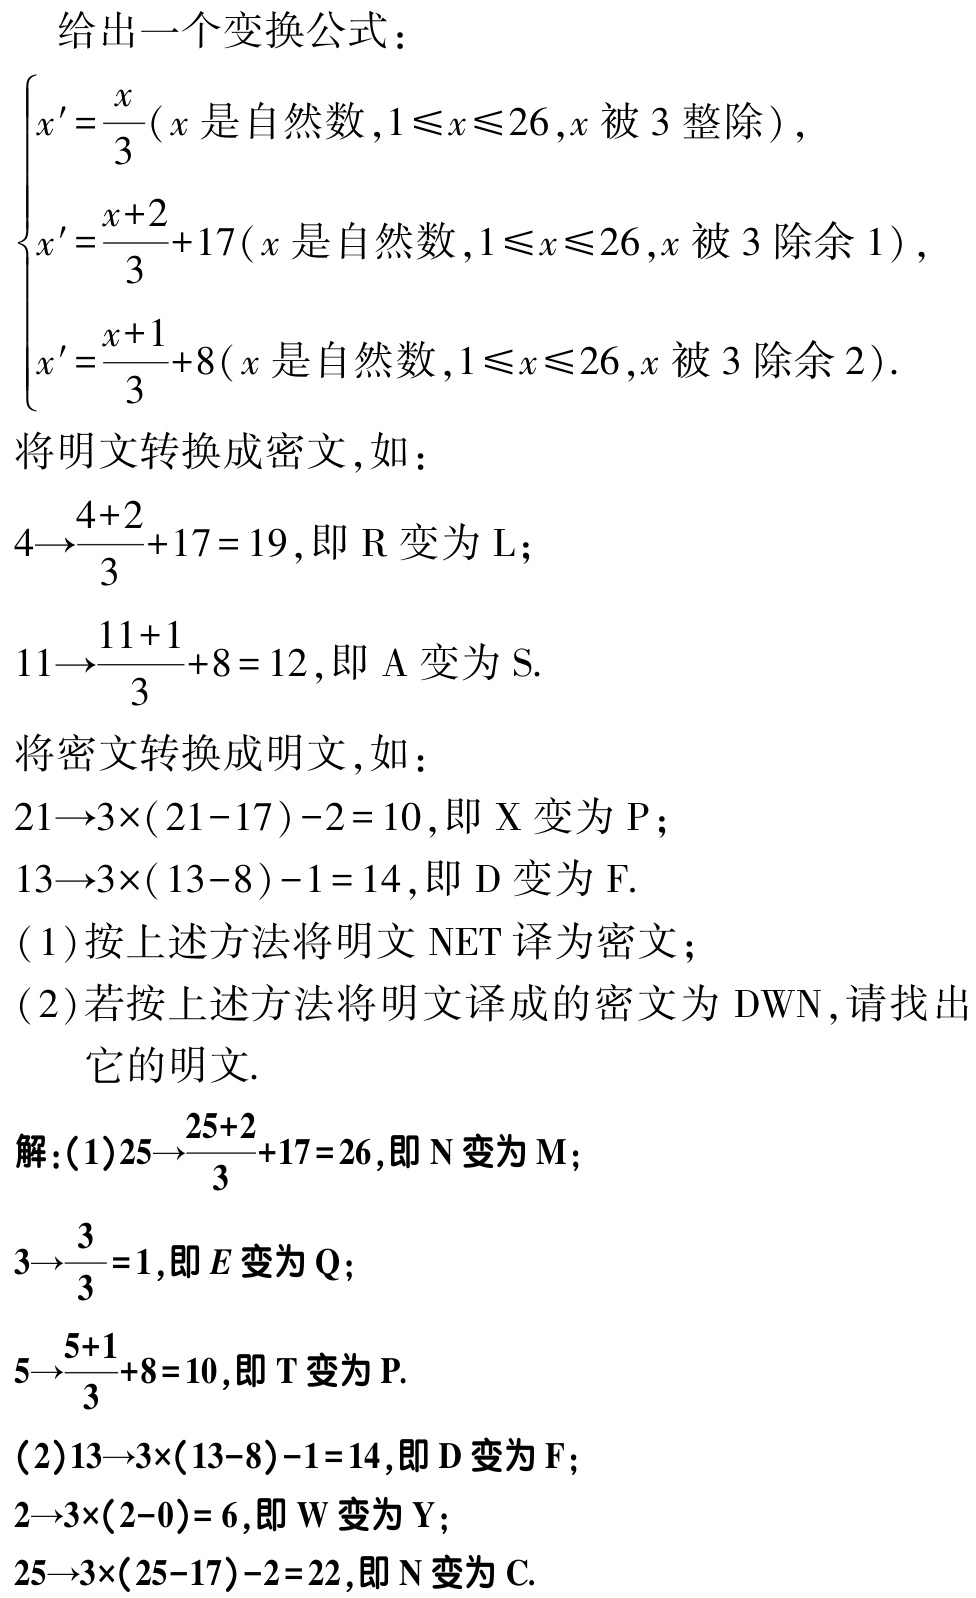
给出一个变换公式：

\[

\begin{cases}

x' = \frac{x}{3} & (x\text{ 是自然数},1\leqslant x\leqslant 26,x\text{ 被 }3\text{ 整除}) \\

x' = \frac{x + 2}{3}+17 & (x\text{ 是自然数},1\leqslant x\leqslant 26,x\text{ 被 }3\text{ 除余 }1) \\

x' = \frac{x + 1}{3}+8 & (x\text{ 是自然数},1\leqslant x\leqslant 26,x\text{ 被 }3\text{ 除余 }2)

\end{cases}

\]

将明文转换成密文，如：

\[

4\to\frac{4 + 2}{3}+17 = 19,\text{ 即 } \mathrm{R}\text{ 变为 } \mathrm{L};

\]

\[

11\to\frac{11 + 1}{3}+8 = 12,\text{ 即 } \mathrm{A}\text{ 变为 } \mathrm{S}.

\]

将密文转换成明文，如：

\[

21\to3\times(21 - 17)-2 = 10,\text{ 即 } \mathrm{X}\text{ 变为 } \mathrm{P};

\]

\[

13\to3\times(13 - 8)-1 = 14,\text{ 即 } \mathrm{D}\text{ 变为 } \mathrm{F}.

\]

(1)按上述方法将明文 $\mathrm{NET}$ 译为密文；

(2)若按上述方法将明文译成的密文为 $\mathrm{DW}\mathrm{N}$，请找出它的明文.

解：(1)$25\to\frac{25 + 2}{3}+17 = 26$,即 $\mathrm{N}$ 变为 $\mathrm{M}$;

\[

3\to\frac{3}{3}=1,\text{ 即 } E\text{ 变为 } \mathrm{Q};

\]

\[

5\to\frac{5 + 1}{3}+8 = 10,\text{ 即 } \mathrm{T}\text{ 变为 } \mathrm{P}.

\]

(2)$13\to3\times(13 - 8)-1 = 14$,即 $\mathrm{D}$ 变为 $\mathrm{F}$;

\[

2\to3\times(2 - 0)= 6,\text{ 即 } \mathrm{W}\text{ 变为 } \mathrm{Y};

\]

\[

25\to3\times(25 - 17)-2 = 22,\text{ 即 } \mathrm{N}\text{ 变为 } \mathrm{C}.

\]